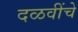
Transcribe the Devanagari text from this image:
दळवींचे